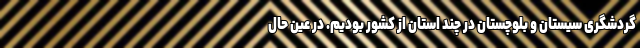
گردشگری سیستان و بلوچستان در چند استان از کشور بودیم. در عین حال